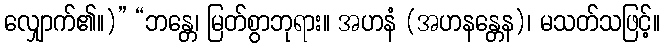
လျှောက်၏။)” “ဘန္တေ၊ မြတ်စွာဘုရား။ အဟနံ (အဟနန္တေန)၊ မသတ်သဖြင့်။